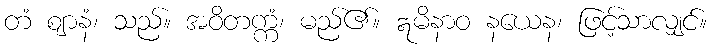
တံ ဈာနံ၊ သည်။ အဝိတက္ကံ၊ မည်၏။ ဣမိနာဝ နယေန၊ ဖြင့်သာလျှင်။